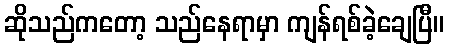
ဆိုသည်ကတော့ သည်နေရာမှာ ကျန်ရစ်ခဲ့ချေပြီ။